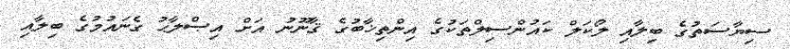
ސިޔާސަތުގެ ބިލާއި ލޯކަލް ކައުންސިލްތަކުގެ އިންތިޚާބުގެ ޤާނޫނު އަށް އިޞްލާޙު ގެނައުމުގެ ބިލާއި